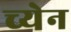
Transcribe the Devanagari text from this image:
च्येन